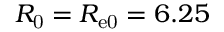
R _ { \mathrm { 0 } } = R _ { \mathrm { e 0 } } = 6 . 2 5